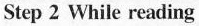
Step 2 While reading